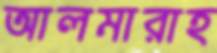
আলমারাহ